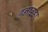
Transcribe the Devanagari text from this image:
हनाइडा